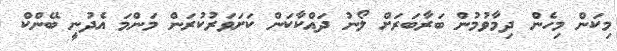
މިކަން މިހެން ދިމާވުމުން ބަރާބަރަށް ލޯނު ދައްކާކަން ކަށަވަރުކުރަން މަންމަ އެދުނީ ބޭންކް